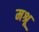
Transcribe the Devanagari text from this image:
मश्रू